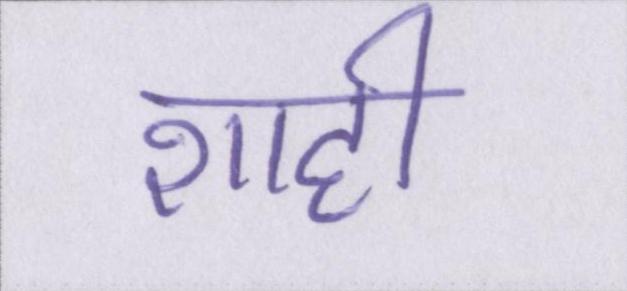
शाही